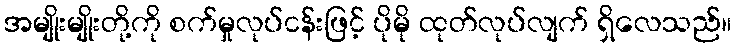
အမျိုးမျိုးတို့ကို စက်မှုလုပ်ငန်းဖြင့် ပိုမို ထုတ်လုပ်လျက် ရှိလေသည်။